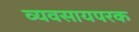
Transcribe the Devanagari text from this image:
व्यवसायपरक